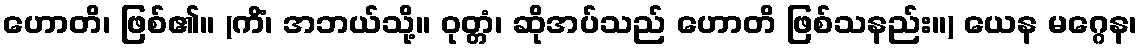
ဟောတိ၊ ဖြစ်၏။ (ကိံ၊ အဘယ်သို့။ ဝုတ္တံ၊ ဆိုအပ်သည် ဟောတိ ဖြစ်သနည်း။) ယေန မဂ္ဂေန၊